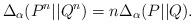
LaTeX: \begin{align*}\Delta_\alpha(P^n||Q^n) = n \Delta_\alpha(P||Q).\end{align*}